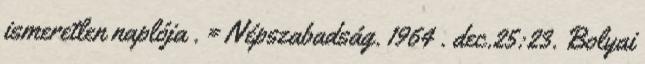
ismeretlen naplója . = Népszabadság. 1964 . dec.25:23. Bolyai